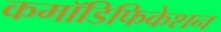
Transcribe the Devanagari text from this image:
कमॉडिफिकेशन